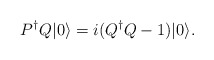
\begin{align*}P^{\dagger}Q|0\rangle=i(Q^{\dagger}Q-1)|0\rangle. \end{align*}